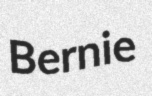
Bernie